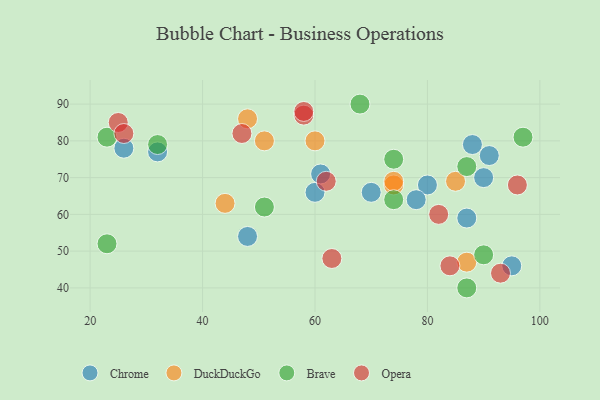
{"axis": {"x": "GDP", "y": "Life Expectancy"}, "legend": ["Brave", "Chrome", "DuckDuckGo", "Opera"], "data": [{"x": "87", "y": 59, "type": "Chrome"}, {"x": "32", "y": 77, "type": "Chrome"}, {"x": "80", "y": 68, "type": "Chrome"}, {"x": "78", "y": 64, "type": "Chrome"}, {"x": "70", "y": 66, "type": "Chrome"}, {"x": "48", "y": 54, "type": "Chrome"}, {"x": "88", "y": 79, "type": "Chrome"}, {"x": "26", "y": 78, "type": "Chrome"}, {"x": "95", "y": 46, "type": "Chrome"}, {"x": "60", "y": 66, "type": "Chrome"}, {"x": "61", "y": 71, "type": "Chrome"}, {"x": "90", "y": 70, "type": "Chrome"}, {"x": "91", "y": 76, "type": "Chrome"}, {"x": "60", "y": 80, "type": "DuckDuckGo"}, {"x": "87", "y": 47, "type": "DuckDuckGo"}, {"x": "74", "y": 68, "type": "DuckDuckGo"}, {"x": "74", "y": 69, "type": "DuckDuckGo"}, {"x": "51", "y": 80, "type": "DuckDuckGo"}, {"x": "44", "y": 63, "type": "DuckDuckGo"}, {"x": "85", "y": 69, "type": "DuckDuckGo"}, {"x": "48", "y": 86, "type": "DuckDuckGo"}, {"x": "87", "y": 40, "type": "Brave"}, {"x": "51", "y": 62, "type": "Brave"}, {"x": "74", "y": 64, "type": "Brave"}, {"x": "87", "y": 73, "type": "Brave"}, {"x": "90", "y": 49, "type": "Brave"}, {"x": "97", "y": 81, "type": "Brave"}, {"x": "68", "y": 90, "type": "Brave"}, {"x": "74", "y": 75, "type": "Brave"}, {"x": "32", "y": 79, "type": "Brave"}, {"x": "23", "y": 52, "type": "Brave"}, {"x": "23", "y": 81, "type": "Brave"}, {"x": "96", "y": 68, "type": "Opera"}, {"x": "93", "y": 44, "type": "Opera"}, {"x": "63", "y": 48, "type": "Opera"}, {"x": "84", "y": 46, "type": "Opera"}, {"x": "58", "y": 87, "type": "Opera"}, {"x": "25", "y": 85, "type": "Opera"}, {"x": "26", "y": 82, "type": "Opera"}, {"x": "62", "y": 69, "type": "Opera"}, {"x": "58", "y": 88, "type": "Opera"}, {"x": "82", "y": 60, "type": "Opera"}, {"x": "47", "y": 82, "type": "Opera"}]}